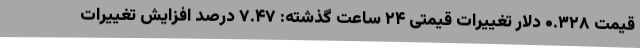
قیمت ۰.۳۲۸ دلار تغییرات قیمتی ۲۴ ساعت گذشته: ۷.۴۷ درصد افزایش تغییرات